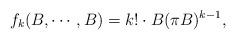
LaTeX: \begin{align*}f_{k}(B,\cdots ,B) = k! \cdot B(\pi B)^{k-1},\end{align*}